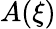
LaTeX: A(\xi)